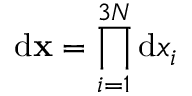
\ensuremath { \mathrm { d } } \ensuremath { \mathbf { x } } = \prod _ { i = 1 } ^ { 3 N } \ensuremath { \mathrm { d } } x _ { i }